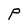
Character: P